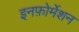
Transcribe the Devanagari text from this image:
इनफ़ोर्मेशन